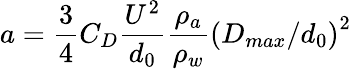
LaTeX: a=\frac{3}{4}C_{D}\frac{U^{2}}{d_{0}}\frac{\rho_{a}}{\rho_{w}}\left({D_{max}/d_{0}}\right)^{2}